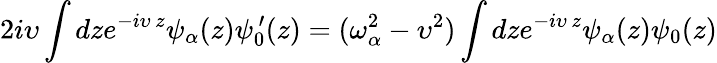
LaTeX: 2i\upsilon\int dze^{-i\upsilon\, z}\psi_{\alpha}(z)\psi_{0}^{\, \prime}(z)=(\omega_{\alpha}^{2}-\upsilon^{2})\int dze^{-i\upsilon\, z}\psi_{\alpha}(z)\psi_{0}(z)